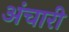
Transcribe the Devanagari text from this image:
अंचारी